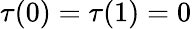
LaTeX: \tau(0)=\tau(1)=0